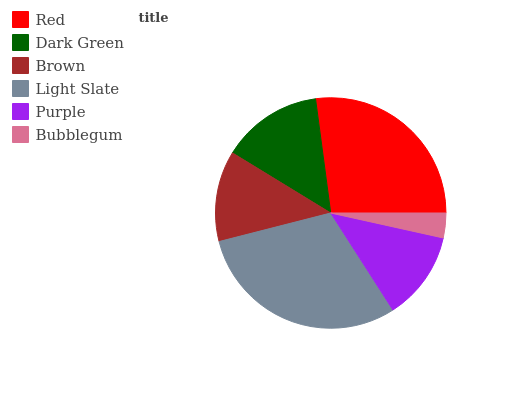
| Red | Dark Green | Brown | Light Slate | Purple | Bubblegum |
 | --- | --- | --- | --- | --- | --- |
 | 27.1% | 14.2% | 12.7% | 30.1% | 12.5% | 3.47% |